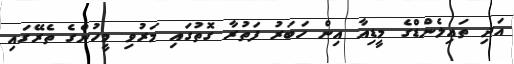
އަދި ތައިލެންޑްގެ މީޑިއާ އިން ހަބަރު ފަތުރާ ގޮތުގައި މަރުވި މީހުންގެ ތެރޭގައި